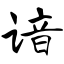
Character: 谙